Report on the working of the Ranchi Indian Mental Hospital, Kanke, in Bihar and Orissa - 1930-1940
Year: 1930
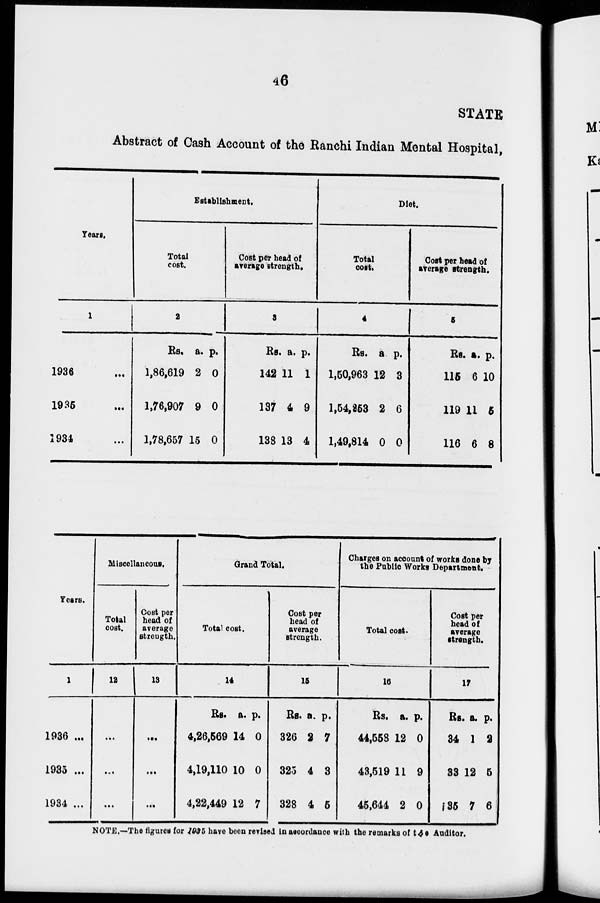
46
STATE
Abstract of Cash Account of the Ranchi Indian Mental Hospital,
Years.
1
1936 ...
1935 ...
1934 ...
Establishment.
Total
cost.
2
Rs.
1,86,619
1,76,907
1,78,657
a.
2
9
15
p.
0
0
0
Cost per head of
average strength.
3
Rs.
142
137
138
a.
11
4
13
p.
1
9
4
Diet.
Total
cost.
4
Rs.
1,50,963
1,54,253
1,49,814
a.
12
2
0
p.
3
6
0
Cost per head of
average strength.
5
Rs.
115
119
116
a.
6
11
6
p.
10
5
8
Years.
1
1936 ...
1935 ...
1934 ...
Miscellaneous.
Total
cost.
12
...
...
...
Cost per
head of
average
strength.
13
...
...
...
Grand Total.
Total cost.
14
Rs.
4,26,569
4,19,110
4,22,449
a.
14
10
12
p.
0
0
7
Cost per
head of
average
strength.
15
Rs.
326
325
328
a.
2
4
4
p.
7
3
5
Charges on account of works done by
the Public Works Department.
Total cost.
16
Rs.
44,558
43,519
45,644
a.
12
11
2
p.
0
9
0
Cost per
head of
average
strength.
17
Rs.
34
33
35
a.
1
12
7
p.
2
5
6
NOTE.—The figures for 1935 have been revised in accordance with the remarks of the Auditor.